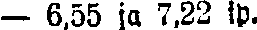
— 6,55 ja 7,22 ip.